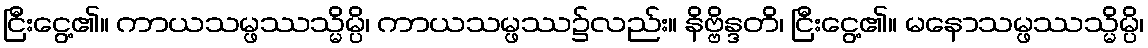
ငြီးငွေ့၏။ ကာယသမ္ဖဿသ္မိမ္ပိ၊ ကာယသမ္ဖဿ၌လည်း။ နိဗ္ဗိန္ဒတိ၊ ငြီးငွေ့၏။ မနောသမ္ဖဿသ္မိမ္ပိ၊